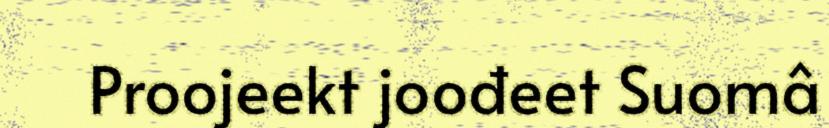
Proojeekt joođeet Suomâ